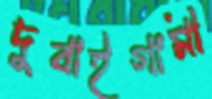
দুবাইগামী